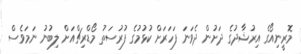
މޮރީނިއޯގެ އިރުޝާދުގެ ދަށުން ދެވަނަ ފަހަރަށް ކުޅުމުގެ ފުރުސަތު މޯޑްރިޗްއަށް ލިބުނު ނަމަވެސް